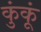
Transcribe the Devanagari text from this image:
कुंकूं